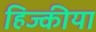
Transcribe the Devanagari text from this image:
हिज्कीया